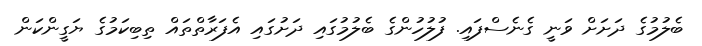
ބެލުމުގެ ދަށަށް ވަނީ ގެނެސްފައި. ފުލުހުންގެ ބެލުމުގައި ދަށުގައި އެފަރާތްތައް ތިބިކަމުގެ ޔަގީންކަން